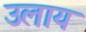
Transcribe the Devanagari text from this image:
उलाय